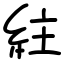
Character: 紸